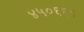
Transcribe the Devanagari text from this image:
४५०६६१